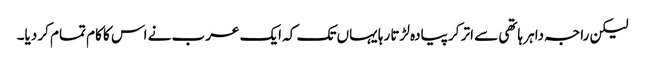
لیکن راجہ داہر ہاتھی سے اتر کر پیادہ لڑتا رہا یہاں تک کہ ایک عرب نے اس کا کام تمام کر دیا۔